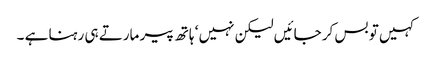
کہیں تو بس کر جائیں لیکن نہیں ‘ ہاتھ پیر مارتے ہی رہنا ہے ۔